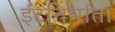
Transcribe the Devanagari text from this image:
ईंटनिर्माता